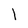
Character: 1